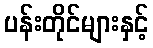
ပန်းတိုင်များနှင့်